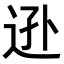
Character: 𨒓